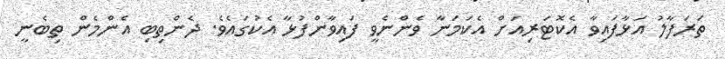
ތަރަފާލު އަޅާފައިވާ އެކޮޓަރިއަށް އެކަމަނާ ވެންނެވީ ފައިވާންފުޅާ އެކުގައެވެ. ދެންތިބި އެންމެން ތިބެނީ